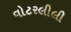
વોટરલીલી